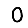
Digit: 0